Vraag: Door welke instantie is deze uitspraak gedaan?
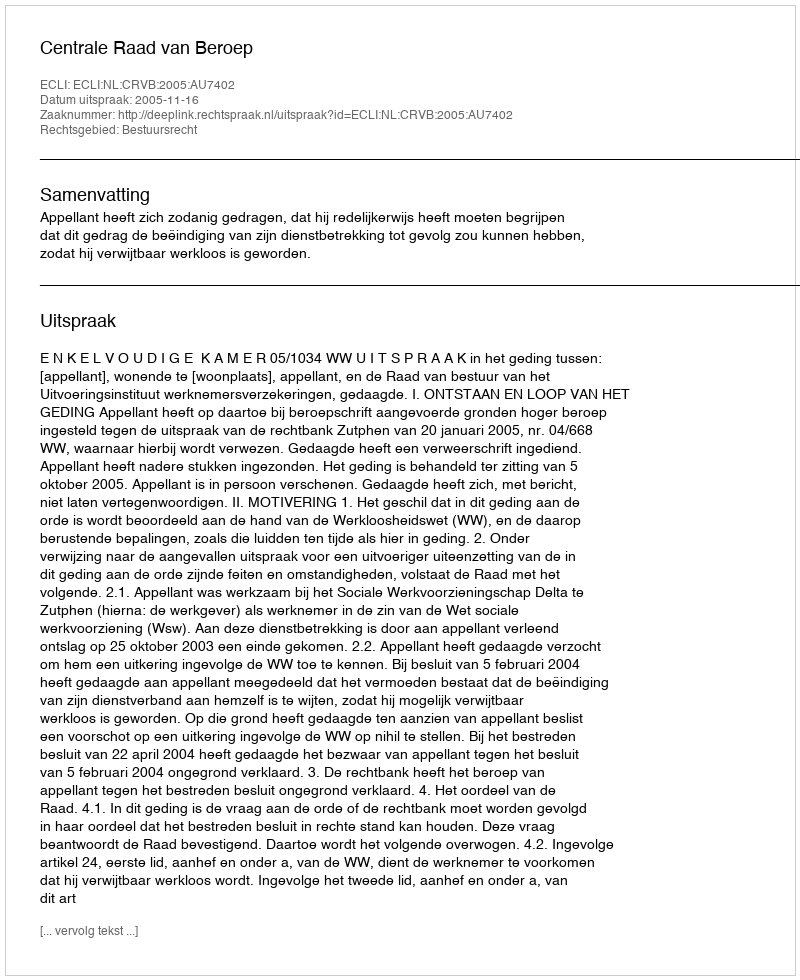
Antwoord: Centrale Raad van Beroep